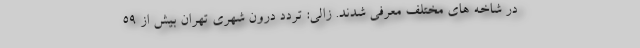
در شاخه های مختلف معرفی شدند. زالی: تردد درون شهری تهران بیش از ۵۹